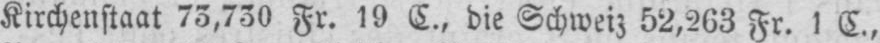
Kirchenstaat 73,730 Fr. 19 C., die Schweiz 52,263 Fr. 1 C.,